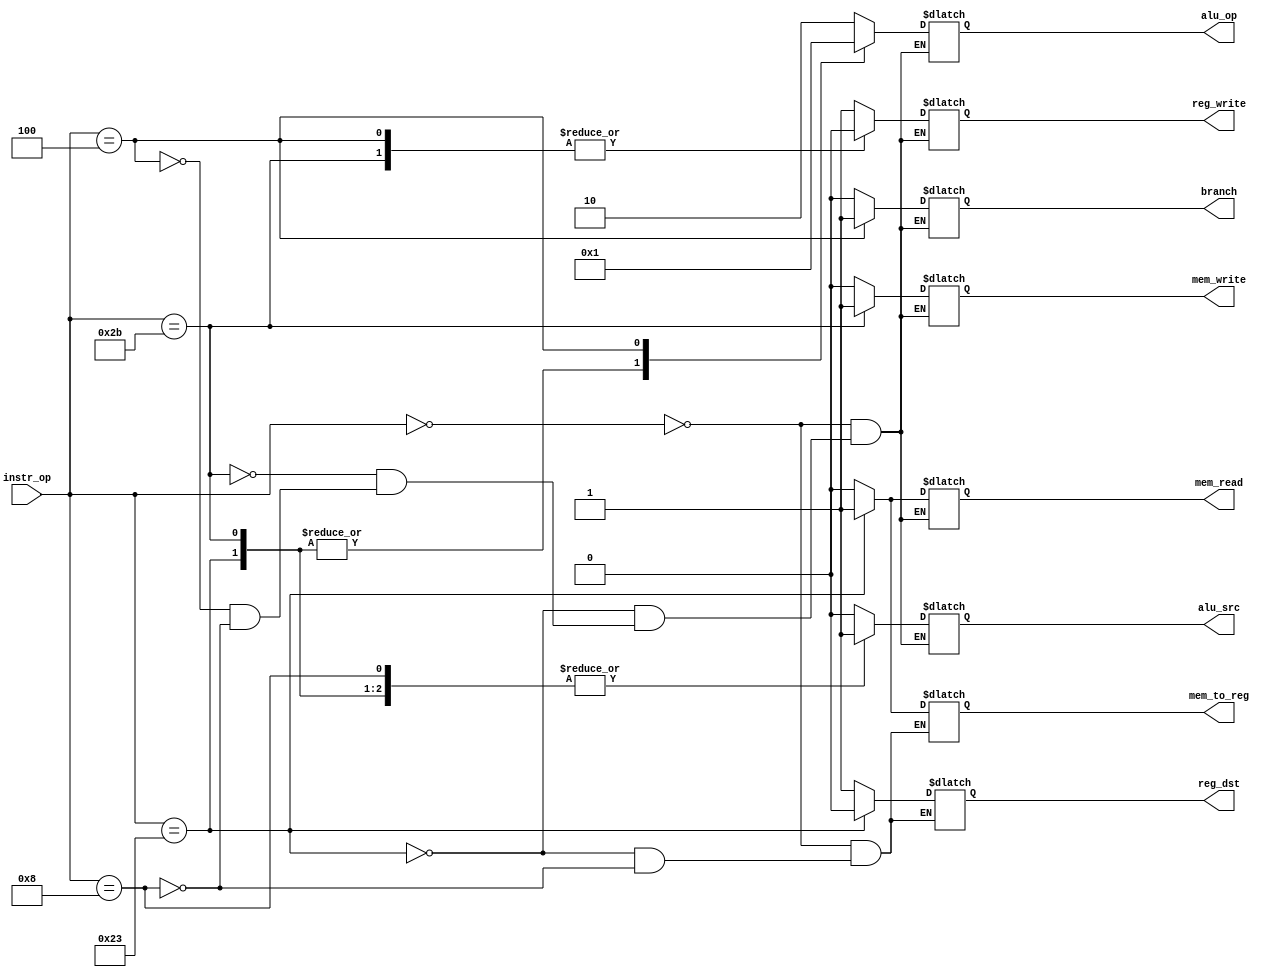
//=========================================================================
// Name & Email must be EXACTLY as in Gradescope roster!
// Name: Chandler Bottomley Alex Nguyen 
// 
// Assignment name: 
// Lab section: 
// TA: 
// 
// I hereby certify that I have not received assistance on this assignment,
// or used code, from ANY outside source other than the instruction team
// (apart from what was provided in the starter file).
//
//=========================================================================

module controlUnit  (
    input wire [5:0]  instr_op , 
    output reg reg_dst      ,   
    output reg  branch    ,     
    output reg  mem_read ,  
    output reg  mem_to_reg  ,
    output reg [1:0]  alu_op  ,        
    output reg  mem_write  , 
    output reg  alu_src     ,    
    output reg  reg_write   
    );

// ------------------------------
// Insert your solution below
// ------------------------------ 

always@(*) begin

case(instr_op)
	6'b000000://Rformat
	begin
		reg_dst = 1'b1;
		alu_src = 1'b0;
		mem_to_reg = 1'b0;
		reg_write = 1'b1;
		mem_read = 1'b0;
		mem_write = 1'b0;
		branch = 1'b0;
		alu_op = 2'b10;
	end
		
	6'b100011://lw
	begin
		reg_dst = 1'b0;
		alu_src = 1'b1;
		mem_to_reg = 1'b1;
		reg_write = 1'b1;
		mem_read = 1'b1;
		mem_write = 1'b0;
		branch = 1'b0;
		alu_op = 2'b00;
	end
	
	6'b101011://sw
	begin
		//reg_dist = 1'b0;
		alu_src = 1'b1;
		//mem_to_reg = 1'b0;
		reg_write = 1'b0;
		mem_read = 1'b0;
		mem_write = 1'b1;
		branch = 1'b0;
		alu_op = 2'b00;
	end
	
	6'b000100://beq
	begin
		//reg_dist = 1'b1;
		alu_src = 1'b0;
		//mem_to_reg = 1'b0;
		reg_write = 1'b0;
		mem_read = 1'b0;
		mem_write = 1'b0;
		branch = 1'b1;
		alu_op = 2'b01;
	end
	
	6'b001000://addi
	begin
		reg_dst = 1'b1;
		alu_src = 1'b1;
		mem_to_reg = 1'b0;
		reg_write = 1'b1;
		mem_read = 1'b0;
		mem_write = 1'b0;
		branch = 1'b0;
		alu_op = 2'b10;
	end
	endcase
	end
endmodule